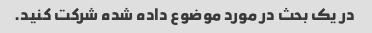
در یک بحث در مورد موضوع داده شده شرکت کنید.